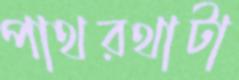
পাথরথাটা